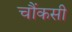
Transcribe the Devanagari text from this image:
चौंकसी